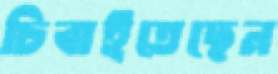
চিবাইতেছেন